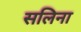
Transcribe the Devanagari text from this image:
सलिना